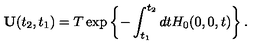
\mathbf { U } ( t _ { 2 } , t _ { 1 } ) = T \exp \left\{ - \int _ { t _ { 1 } } ^ { t _ { 2 } } d t H _ { 0 } ( 0 , 0 , t ) \right\} .